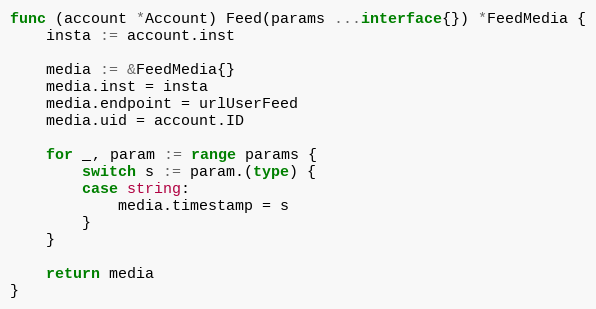
Language: Go
func (account *Account) Feed(params ...interface{}) *FeedMedia {
	insta := account.inst

	media := &FeedMedia{}
	media.inst = insta
	media.endpoint = urlUserFeed
	media.uid = account.ID

	for _, param := range params {
		switch s := param.(type) {
		case string:
			media.timestamp = s
		}
	}

	return media
}